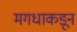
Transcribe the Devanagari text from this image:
मगधाकडून